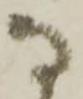
な